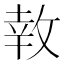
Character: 𪯎